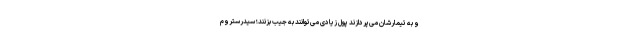
و به تیمارشان می‌پردازند پول زیادی می‌توانند به جیب بزنند؛ سیدرستروم